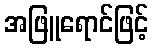
အဖြူရောင်ဖြင့်